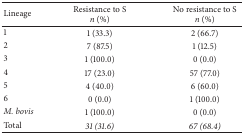
<table><thead><tr><td><b>Lineage</b></td><td><b>Resistance to S<i>n</i> (%)</b></td><td><b>No resistance to S<i>n</i> (%)</b></td></tr></thead><tbody><tr><td>1</td><td>1 (33.3)</td><td>2 (66.7)</td></tr><tr><td>2</td><td>7 (87.5)</td><td>1 (12.5)</td></tr><tr><td>3</td><td>1 (100.0)</td><td>0 (0.0)</td></tr><tr><td>4</td><td>17 (23.0)</td><td>57 (77.0)</td></tr><tr><td>5</td><td>4 (40.0)</td><td>6 (60.0)</td></tr><tr><td>6</td><td>0 (0.0)</td><td>1 (100.0)</td></tr><tr><td><i>M. bovis</i></td><td>1 (100.0)</td><td>0 (0.0)</td></tr><tr><td>Total</td><td><i>31 (31.6)</i></td><td><i>67 (68.4)</i></td></tr></tbody></table>